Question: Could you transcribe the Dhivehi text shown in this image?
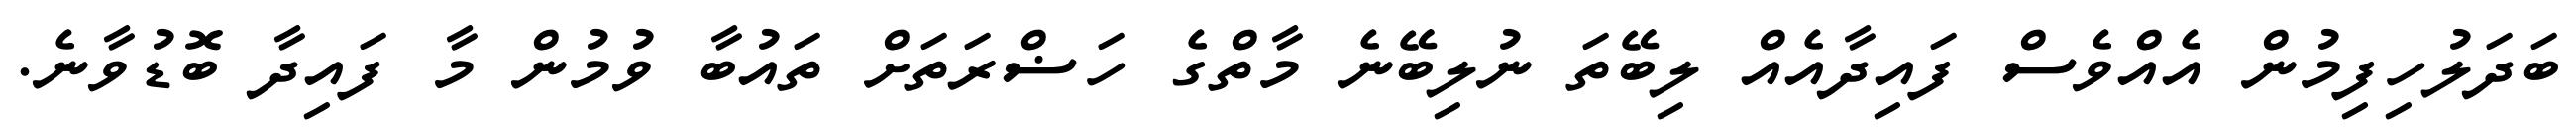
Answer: ބަދަލުހިފިމުން އެއްވެސް ފައިދާއެއް ލިބޭތަ ނުލިބޭނެ މާތްގެ ހަޟްރަތަށް ތައުބާ ވުމުން މާ ފައިދާ ބޮޑުވާނެ.